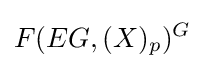
F(EG,(X)_{p})^{G}